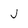
Character: J